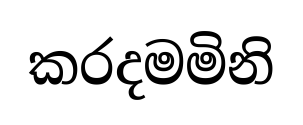
කරදමමිනි